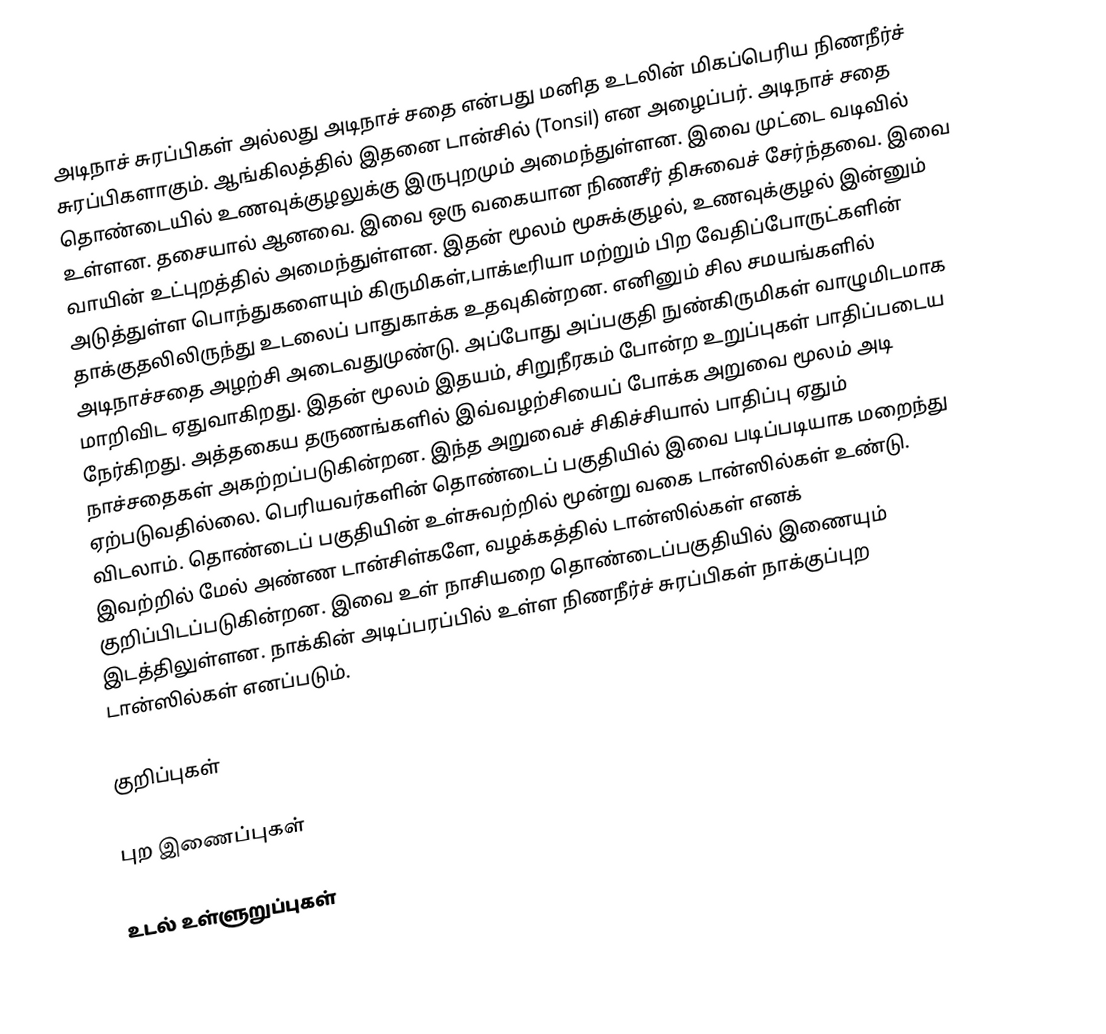
அடிநாச் சுரப்பிகள்  அல்லது அடிநாச் சதை என்பது மனித உடலின் மிகப்பெரிய நிணநீர்ச் சுரப்பிகளாகும். ஆங்கிலத்தில் இதனை டான்சில் (Tonsil) என அழைப்பர். அடிநாச் சதை தொண்டையில் உணவுக்குழலுக்கு இருபுறமும் அமைந்துள்ளன. இவை முட்டை வடிவில் உள்ளன. தசையால் ஆனவை. இவை ஒரு வகையான நிணசீர் திசுவைச் சேர்ந்தவை.  இவை வாயின் உட்புறத்தில் அமைந்துள்ளன. இதன் மூலம்  மூசுக்குழல், உணவுக்குழல் இன்னும் அடுத்துள்ள பொந்துகளையும் கிருமிகள்,பாக்டீரியா மற்றும் பிற வேதிப்போருட்களின் தாக்குதலிலிருந்து உடலைப் பாதுகாக்க உதவுகின்றன.  எனினும் சில சமயங்களில் அடிநாச்சதை அழற்சி அடைவதுமுண்டு. அப்போது அப்பகுதி நுண்கிருமிகள் வாழுமிடமாக மாறிவிட ஏதுவாகிறது. இதன் மூலம் இதயம், சிறுநீரகம் போன்ற உறுப்புகள் பாதிப்படைய நேர்கிறது. அத்தகைய தருணங்களில் இவ்வழற்சியைப் போக்க அறுவை மூலம் அடி நாச்சதைகள் அகற்றப்படுகின்றன. இந்த அறுவைச் சிகிச்சியால் பாதிப்பு ஏதும் ஏற்படுவதில்லை.  பெரியவர்களின் தொண்டைப் பகுதியில் இவை படிப்படியாக மறைந்து விடலாம். தொண்டைப் பகுதியின் உள்சுவற்றில் மூன்று வகை டான்ஸில்கள் உண்டு. இவற்றில் மேல் அண்ண டான்சிள்களே, வழக்கத்தில் டான்ஸில்கள் எனக் குறிப்பிடப்படுகின்றன. இவை உள் நாசியறை தொண்டைப்பகுதியில் இணையும் இடத்திலுள்ளன. நாக்கின் அடிப்பரப்பில் உள்ள நிணநீர்ச் சுரப்பிகள் நாக்குப்புற டான்ஸில்கள் எனப்படும்.

குறிப்புகள்

புற இணைப்புகள்

உடல் உள்ளுறுப்புகள்